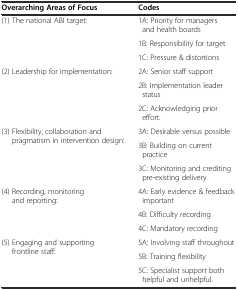
| Overarching Areas of Focus | Codes |
 | --- | --- |
 | <ROWSPAN=3> (1) The national ABI target: | 1A: Priority for managers and health boards |
 | 1B: Responsibility for target |
 | 1C: Pressure & distortions |
 | <ROWSPAN=3> (2) Leadership for implementation: | 2A: Senior staff support |
 | 2B: Implementation leader status |
 | 2C: Acknowledging prior effort. |
 | <ROWSPAN=3> (3) Flexibility, collaboration and pragmatism in intervention design: | 3A: Desirable versus possible |
 | 3B: Building on current practice |
 | 3C: Monitoring and crediting pre-existing delivery |
 | <ROWSPAN=3> (4) Recording, monitoring and reporting: | 4A: Early evidence & feedback important |
 | 4B: Difficulty recording |
 | 4C: Mandatory recording |
 | <ROWSPAN=3> (5) Engaging and supporting frontline staff: | 5A: Involving staff throughout |
 | 5B: Training flexibility |
 | 5C: Specialist support both helpful and unhelpful. |